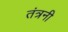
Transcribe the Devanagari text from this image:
तंत्रनी